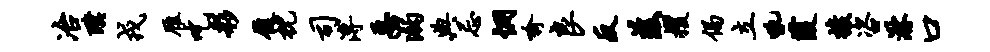
冶璞戎雁吃彩履枕司溥恶溺典忌惘喻良反兹攫偈立吼葭梭咨淋口